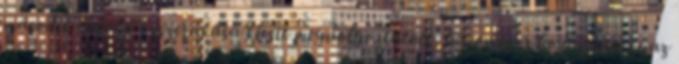
második takaró összerakása kicsit megdolgoztatott, háromszor bontottam ki az